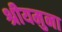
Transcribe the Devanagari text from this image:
श्रीयमुना